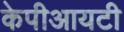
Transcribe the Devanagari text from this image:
केपीआयटी